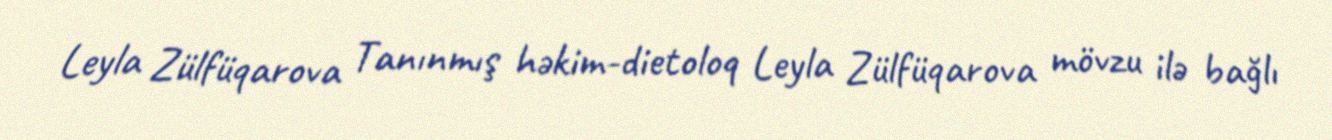
Leyla Zülfüqarova Tanınmış həkim-dietoloq Leyla Zülfüqarova mövzu ilə bağlı